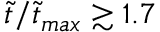
\tilde { t } / \tilde { t } _ { m a x } \gtrsim 1 . 7